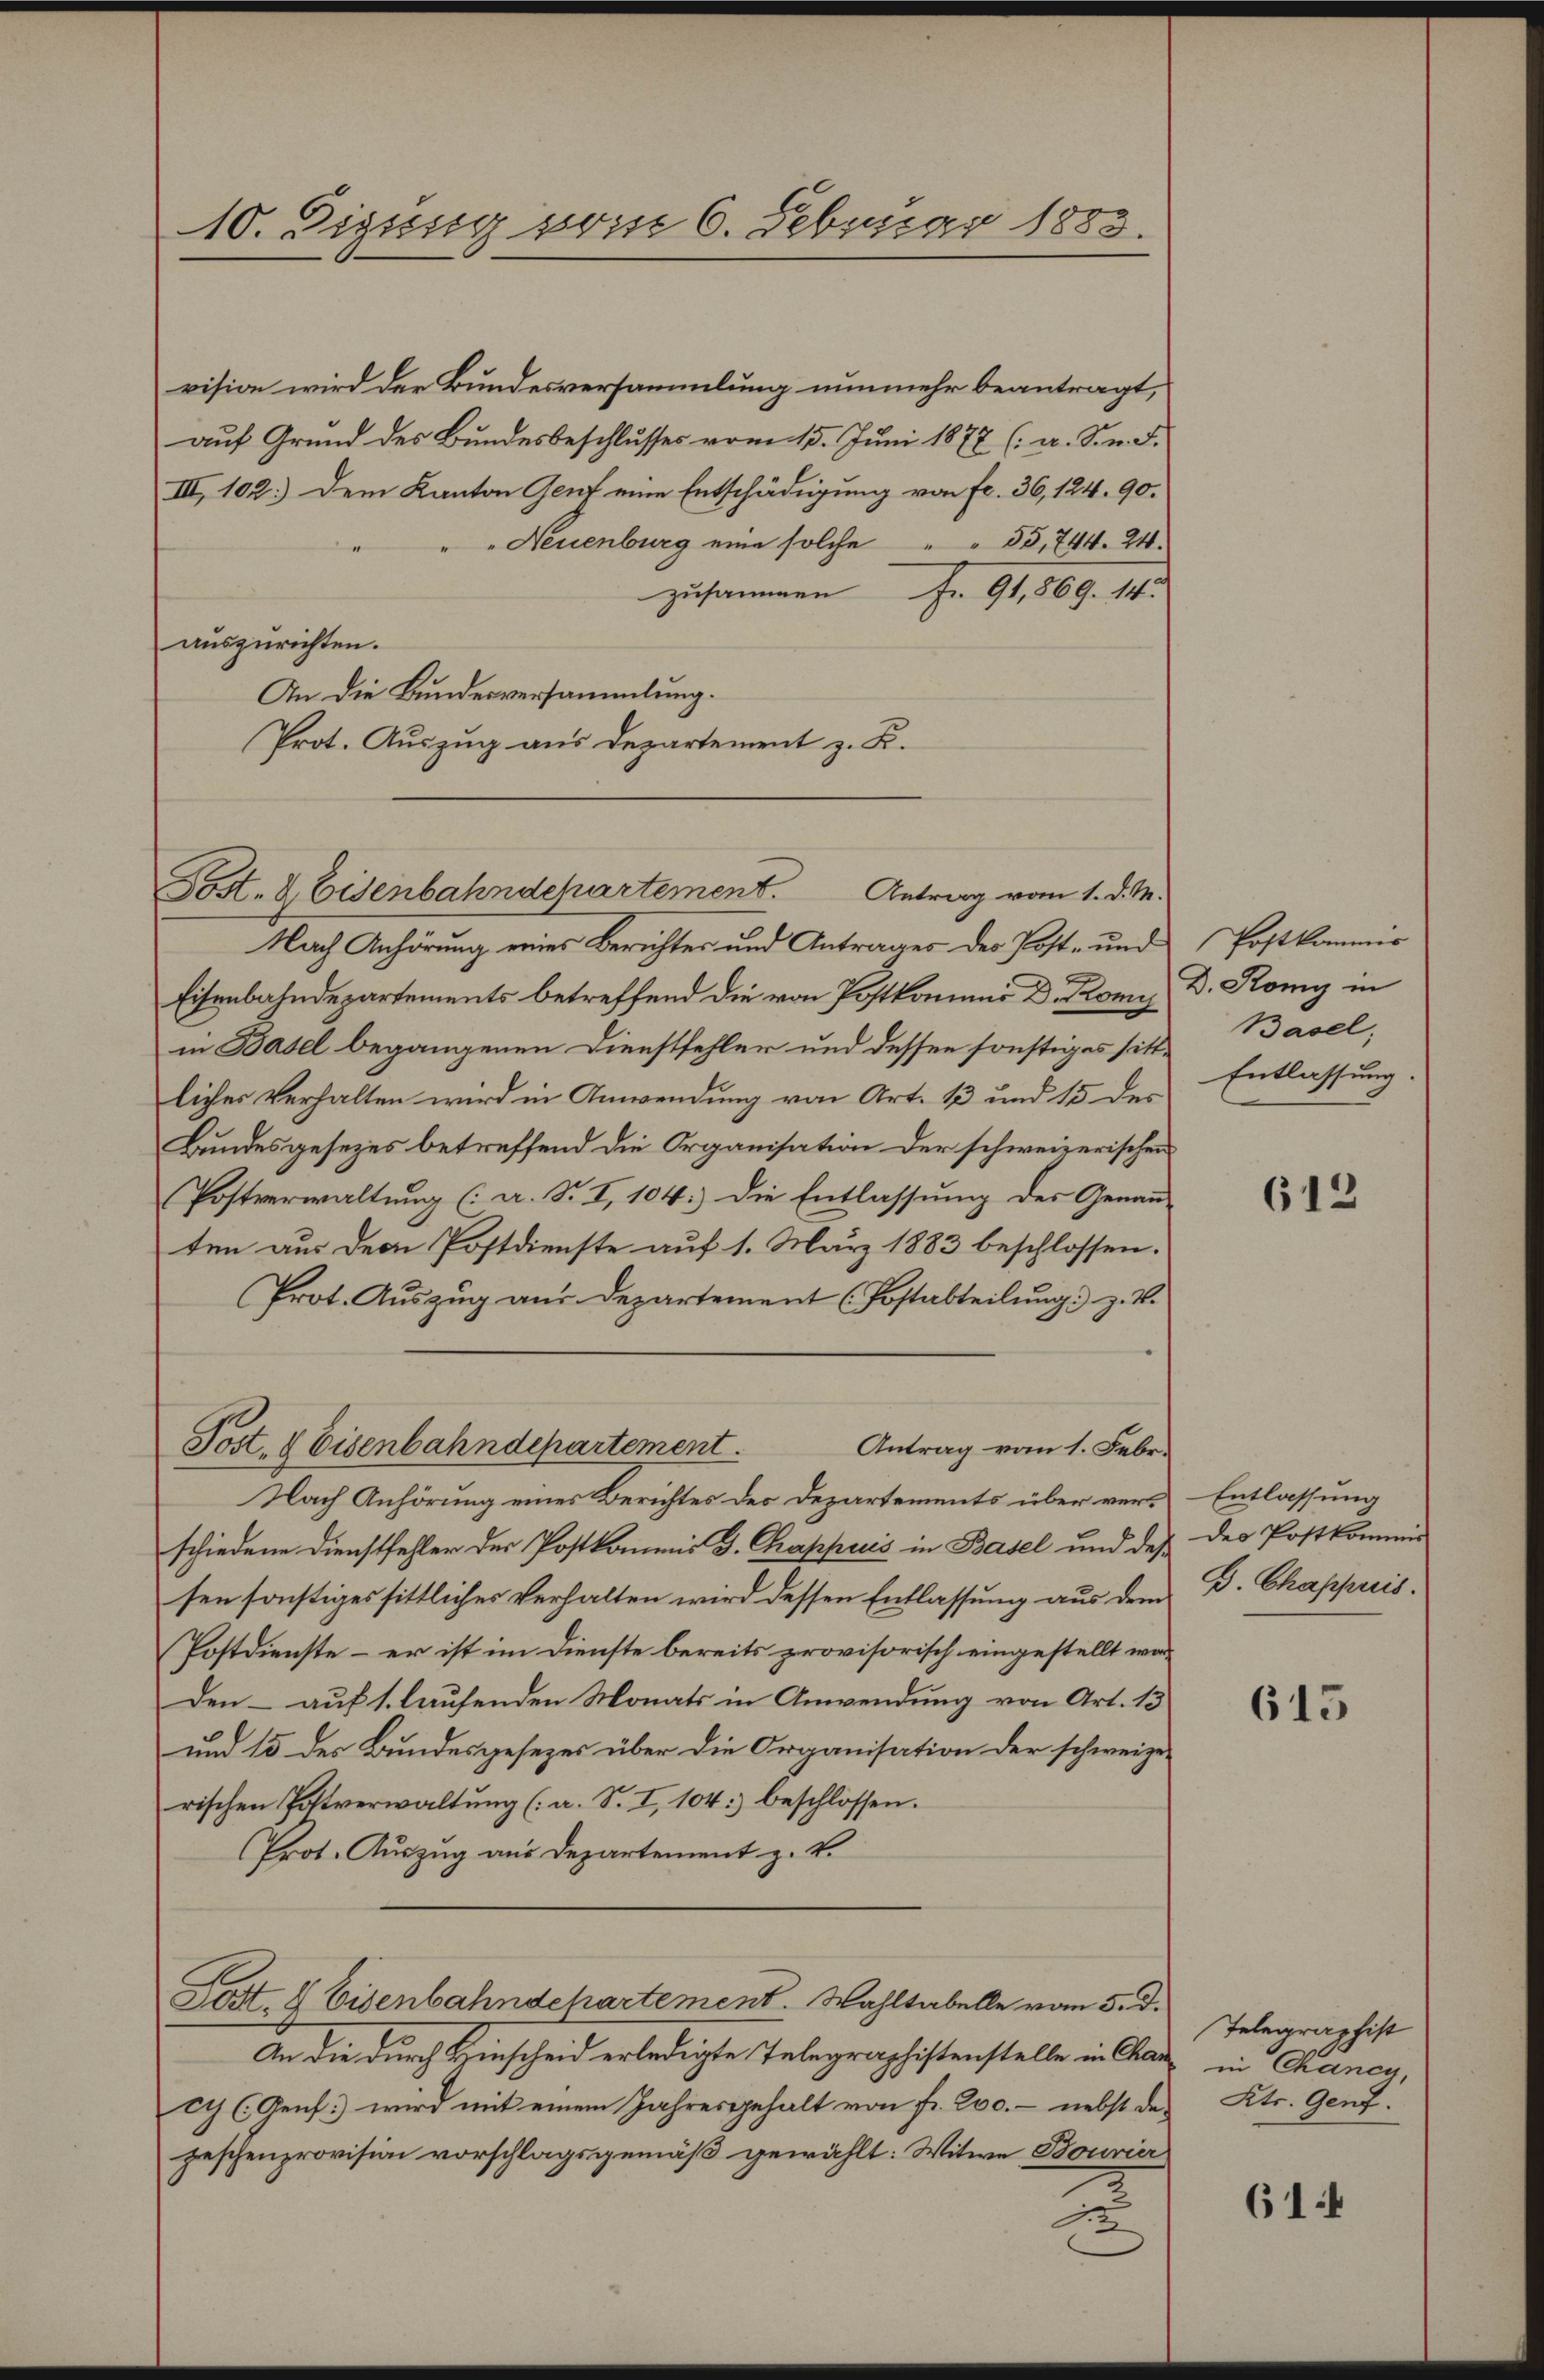
10. Digssig vom 6. Februar 1883.

Post- & Eisenbahndepartement. Antrag vom 1. d. M.

vision wird der Bundesversammlung nunmehr beantragt,
auf Grund des Bundesbeschlusses vom 15. Juni 1877 (a. S. n. F.
III, 102.) Dem Kanton Gent eine Entschädigung von fr. 36, 124. 90.
" Neuenburg eine solche " " 55, 744. 24.
zusammen Fr. 91,869. 14.
auszurichten.
An die Bundesversammlung.
Prot. Auszug aus Departement z. B.

Antrag vom 1. Febr.
Post, & Eisenbahndepartement.

Nach Anhörung eines Berichter und Antrages des Post- und
Eisenbahndepartements betreffend die von Postkommer Dr. Kom
in Basel begangenen Dienstfehler und dessen sonstiges sittliches Verhalten wird in Anwendung von Art. 13 und 15 des
Bundesgesezes betreffend die Organisation der schweizerischen
Postverwaltung (: a. S. I, 104. Die Entlassung des Genau-
ten aus dem Postdienste auf 1. März 1883 beschlossen.
Prot. Auszug aus Departement (Postabteilung. Z. V.
Nach Anhörung eines Berichtes des Departements über verschiedene Dienstfehler der Postkommis J. Chappreis in Basel und dessen sonstiges sittliches Verhalten wird dessen Entlassung aus dem
Postdienste – er ist im Dienste bereits provisorisch eingestellt wär¬
Den – auf 1. laufenden Monats in Anwendung von Art. 13
und 15 des Bundesgesezes über die Organisation der schweizen
rischen Postverwaltŭng (: a. S. I, 104:) beschlossen.
Prot. Auszug aus Departement z. B.
Post, 4 Eisenbahndchartement. Wahltabelle vom 5. d.
An die durch Hinscheid erledigte Telegraphistenstelle in Cham in Chaney,
Ei (Genf) wird mit einem Jahresgehalt von fr. 200.- nebst des Kts. Genf.
zeschenprovision vorschlagsgemäß gewählt: Witwe Bourier
12

Postkommis
D. Komy in
Basel,
Entlassung.

612

Entlassung
des Postkommis
D. Chappris.

615

Telegraphist

61.